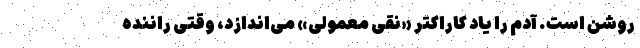
روشن است. آدم را یاد کاراکتر «نقی معمولی» می‌اندازد، وقتی راننده